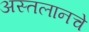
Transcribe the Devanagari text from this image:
अस्तलानचे